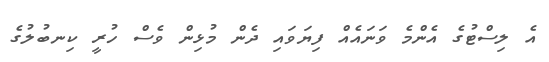
އެ ލިސްޓުގެ އެންމެ ވަނައެއް ފިޔަވައި ދެން މުޅިން ވެސް ހުރީ ކިނބުލުގެ